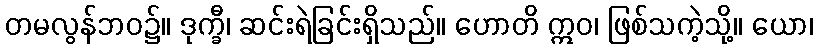
တမလွန်ဘဝ၌။ ဒုက္ခီ၊ ဆင်းရဲခြင်းရှိသည်။ ဟောတိ ဣဝ၊ ဖြစ်သကဲ့သို့။ ယော၊